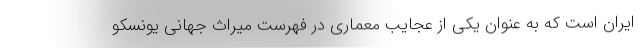
ایران است که به عنوان یکی از عجایب معماری در فهرست میراث جهانی یونسکو